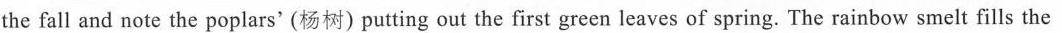
the fall and note the poplars'(杨树)putting out the first green leaves of spring. The rainbow smelt fills the